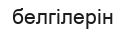
белгілерін